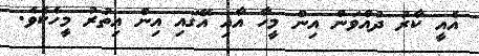
އެއީ ކާރު ދުއްވަން އިން މީހާ އާއި އޭގައި އިން އިތުރު މީހެކެވެ.